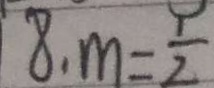
8 . m = \frac { 1 } { 2 }